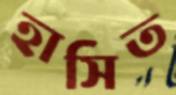
হাসিত